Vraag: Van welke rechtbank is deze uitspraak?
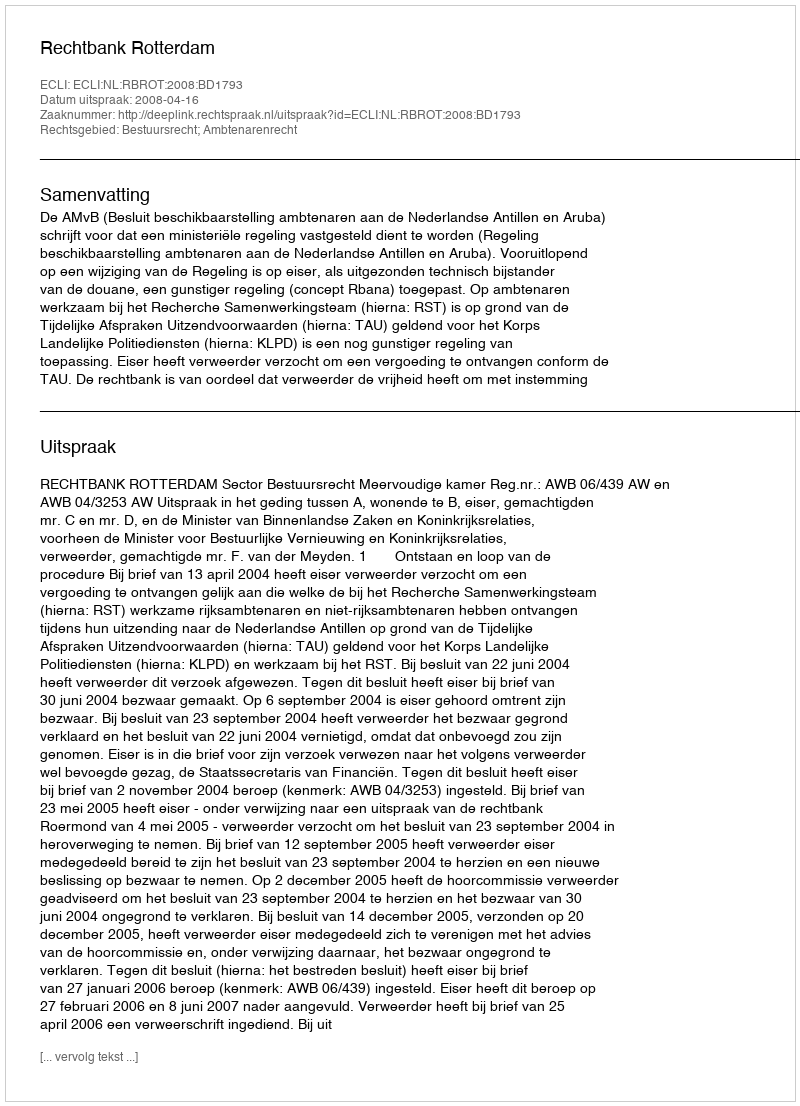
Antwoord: Rechtbank Rotterdam